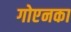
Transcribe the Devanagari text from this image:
गोएनका